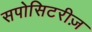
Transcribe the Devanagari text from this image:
सपोसिटरीज़